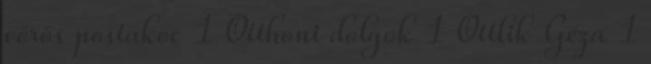
vörös postakoc 1 Otthoni dolgok 1 Ottlik Géza 1